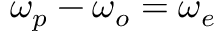
\omega _ { p } - \omega _ { o } = \omega _ { e }